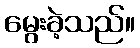
မွေးခဲ့သည်။